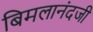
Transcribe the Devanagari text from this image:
बिमलानंदजी